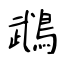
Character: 鵡